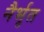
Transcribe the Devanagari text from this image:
नैर्भृत